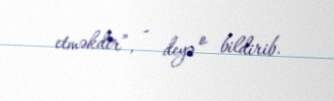
etməkdir”, - deyə o bildirib.